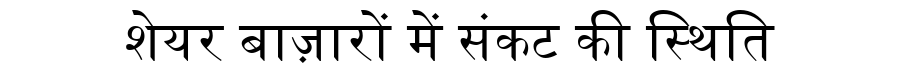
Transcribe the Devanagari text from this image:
शेयर बाज़ारों में संकट की स्थिति